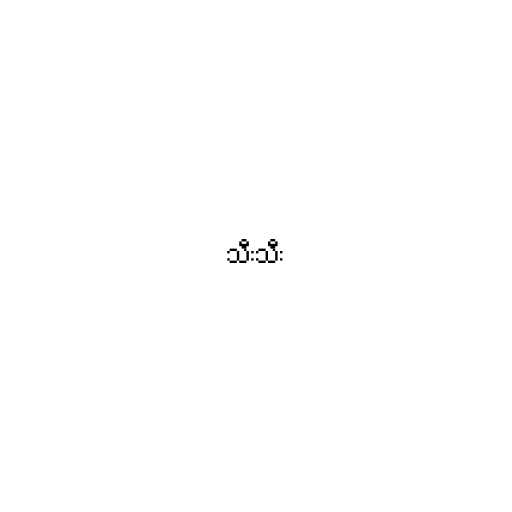
သီးသီး